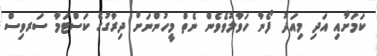
ކަމަށާއި އަދި މިއަދު ފޯނާ ހަވާލުވެވެން ނެތް މީހުންނަށް ދިރާގުގެ ކަސްޓަމާ ސަރވިސް